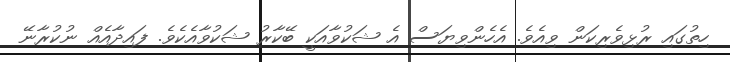
ހިތުގައި ރުޅިވެރިކަން ވިއެވެ. އެހެންވިޔަސް އެ ޝަކުވާއަކީ ބޭކާރު ޝަކުވާއެކެވެ. ފައިދާއެއް ނުކުރާނޭ